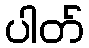
ပါတ်